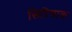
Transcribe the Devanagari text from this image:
सिरियाक